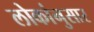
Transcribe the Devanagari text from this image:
लोकांनुसार